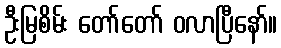
ဦးမြစိမ်း တော်တော် ဝလာပြီနော်။